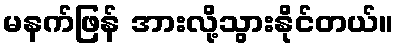
မနက်ဖြန် အားလို့သွားနိုင်တယ်။